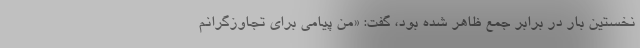
نخستین بار در برابر جمع ظاهر شده بود، گفت: «من پیامی برای تجاوزگرانم